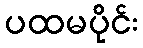
ပထမပိုင်း